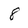
Character: 8